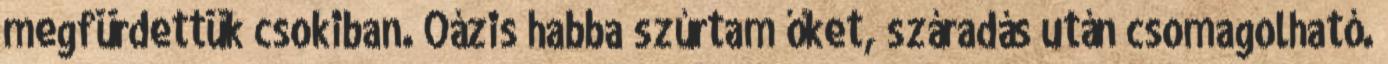
megfürdettük csokiban. Oázis habba szúrtam őket, száradás után csomagolható.